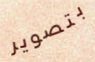
بتصوير